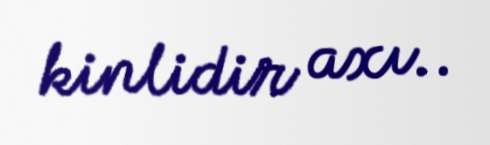
kinlidir axı..